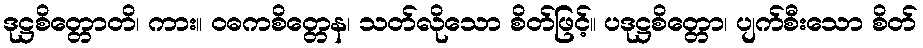
ဒုဋ္ဌစိတ္တောတိ၊ ကား။ ဝဓကစိတ္တေန၊ သတ်လိုသော စိတ်ဖြင့်။ ပဒုဋ္ဌစိတ္တော၊ ပျက်စီးသော စိတ်